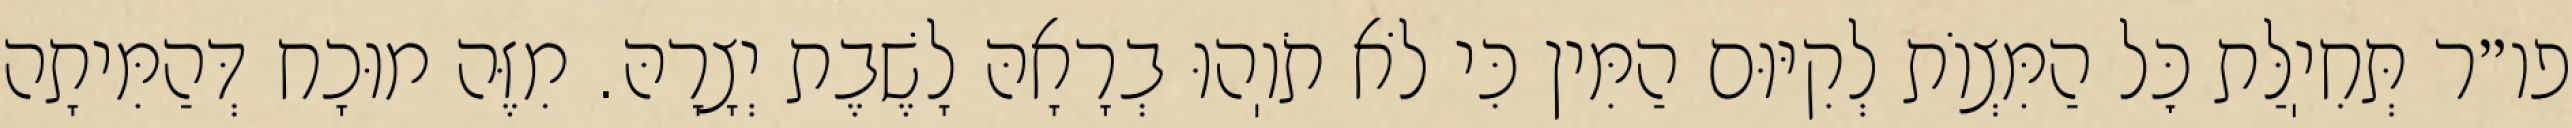
פו״ר תְּחִיֽלַּת כׇּל הַמִּצְוֹת לְקִיּוּם הַמִּין כִּי לֹא תֹוֽהוּ בְרָאָהּ לָשֶׁבֶת יְצָרָהּ. מִזֶּה מוּכָח דְּהַמִּיתָה